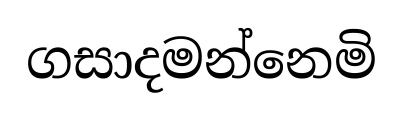
ගසාදමන්නෙමි